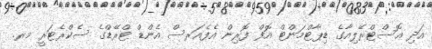
އަދި އޮސްޓްރޭލިއާގެ ޑިޕާޓްމަންޓް އޮފް ފޮރިން އެފެއަރސް އެންޑް ޓްރޭޑްގެ ސެކްރެޓަރީ މރ.